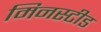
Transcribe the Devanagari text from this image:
मिनस्टीड